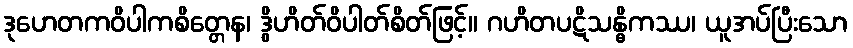
ဒုဟေတကဝိပါကစိတ္တေန၊ ဒွိဟိတ်ဝိပါတ်စိတ်ဖြင့်။ ဂဟိတပဋိသန္ဓိကဿ၊ ယူအပ်ပြီးသော